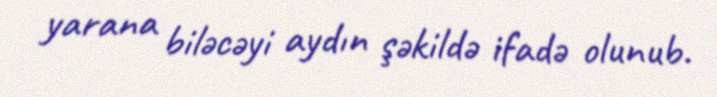
yarana biləcəyi aydın şəkildə ifadə olunub.